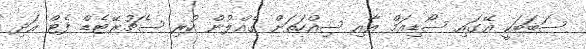
ސަބަބަކީ އޭގައި ސޯޑިއަމް އާއި ސިއްހަތަށް ގެއްލުން ހުރި ސެޗުރޭޓެޑް ފެޓް އަދި